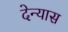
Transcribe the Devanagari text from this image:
देन्यास